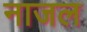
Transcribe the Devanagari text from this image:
नाजल